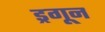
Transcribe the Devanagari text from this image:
ड्रगून